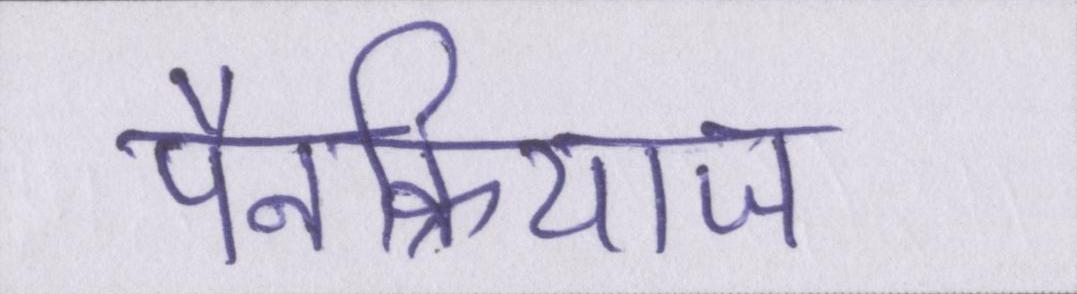
पैनक्रियाज